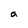
Character: a